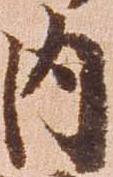
内